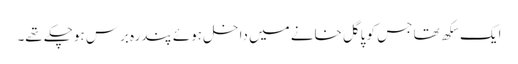
ایک سِکھ تھا جس کو پاگل خانے میں داخل ہوئے پندرہ برس ہوچکے تھے۔